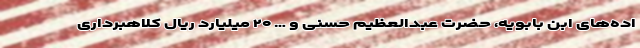
اده‌های ابن بابویه، حضرت عبدالعظیم حسنی و … ۲۰ میلیارد ریال کلاهبرداری